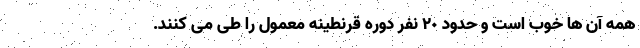
همه آن ها خوب است و حدود ٢٠ نفر دوره قرنطینه معمول را طی می کنند.